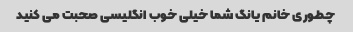
چطوری خانم یانگ شما خیلی خوب انگلیسی صحبت می کنید